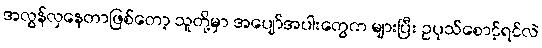
အလွန်လှနေတာဖြစ်တော့ သူတို့မှာ အပျော်အပါးတွေက များပြီး ဥပုသ်စောင့်ရင်လဲ